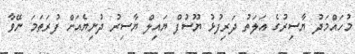
މުހައްމަދު ޔާސިރުގެ އަލަތު ދަރިފުޅު ޔޫސުފް ޔައިލް ޔާސިރު ދުނިޔެއަށް ފުރަތަމަ ނޭވާ